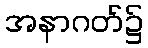
အနာဂတ်၌